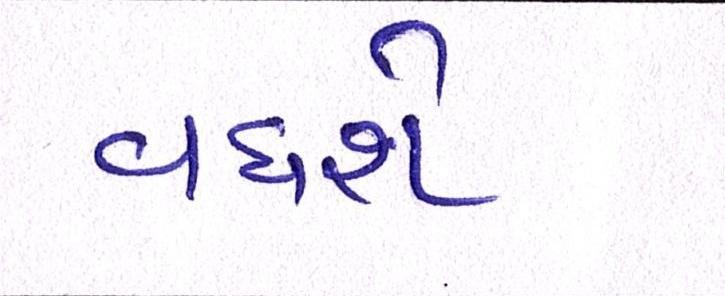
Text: વધશે